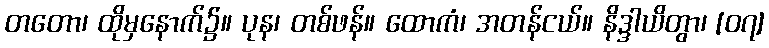
တတော၊ ထိုမှနောက်၌။ ပုန၊ တစ်ဖန်။ ထောကံ၊ အတန်ငယ်။ နိဒ္ဒါယိတွာ၊ [၀၇]